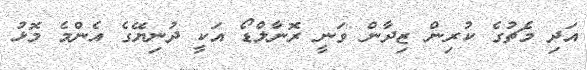
އަދި މެޗުގެ ކުރިން ޒިދާން ވަނީ ރޮނާލްޑޯ އަކީ ދުނިޔޭގެ އެންމެ މޮޅު